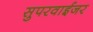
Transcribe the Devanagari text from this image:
सुपरवाईजर